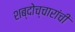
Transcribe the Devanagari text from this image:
शब्दोच्चारांची